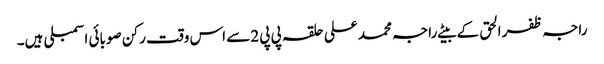
راجہ ظفر الحق کے بیٹے راجہ محمد علی حلقہ پی پی 2سے اس وقت رکن صوبائی اسمبلی ہیں۔